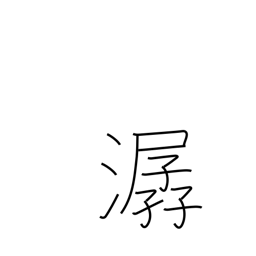
Meaning: sound of flowing water